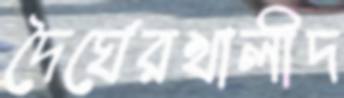
দৈর্ঘেরখালীদ